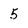
Character: 5